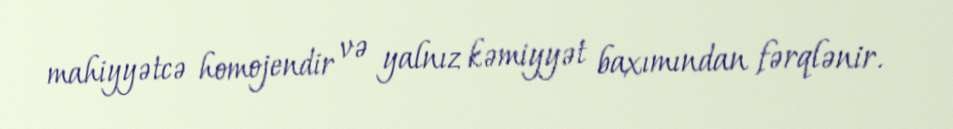
mahiyyətcə homojendir və yalnız kəmiyyət baxımından fərqlənir.